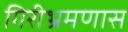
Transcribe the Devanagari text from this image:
गिरीभ्रमणास